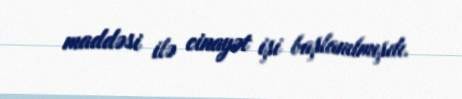
maddəsi ilə cinayət işi başlanılmışdı.